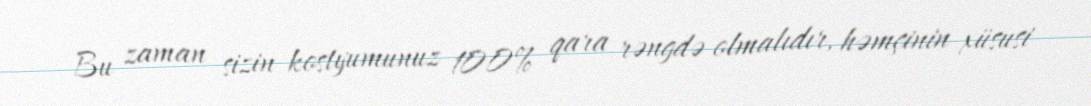
Bu zaman sizin kostyumunuz 100% qara rəngdə olmalıdır, həmçinin xüsusi